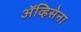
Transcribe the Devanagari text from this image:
ॲव्हिसेना